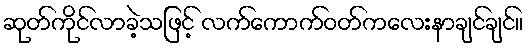
ဆုတ်ကိုင်လာခဲ့သဖြင့် လက်ကောက်ဝတ်ကလေးနာချင်ချင်။